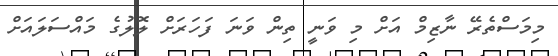
މިމަސްތެރޭ ނާޒިމް އަށް މި ވަނީ ތިން ވަނަ ފަހަރަށް ލޮލުގެ މައްސަލައަށް